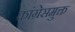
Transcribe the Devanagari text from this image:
कांग्रेसमुक्त